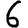
Digit: 6